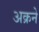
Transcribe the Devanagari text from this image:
अक्रने